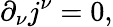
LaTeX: \partial_{\nu}j^{\nu}=0,